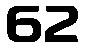
62